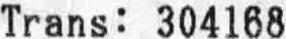
TRANS: 304168